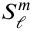
S _ { \ell } ^ { m }